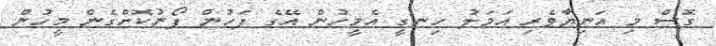
ގޮސް މި އަނިޔާވެރި އަމަލު ހިނގީ އެމީހުން އޭގެ ފަހުން ފޯނުކޮށްގެން މީހުން